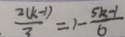
\frac { 2 ( k - 1 ) } { 3 } = 1 - \frac { 5 k - 1 } { 6 }